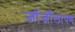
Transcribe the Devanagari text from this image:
जॉर्जीलापण